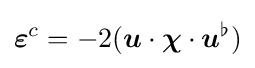
{\boldsymbol {\varepsilon }}^{c}=-2({\boldsymbol {u}}\cdot {\boldsymbol {\chi }}\cdot {\boldsymbol {u}}^{\flat })